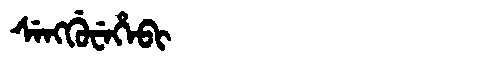
Manchu: ᠰᡝᠩᡤᡠᠸᡝᡥᡝᠪᡳ
Romanization: SENGGUWEHEBI